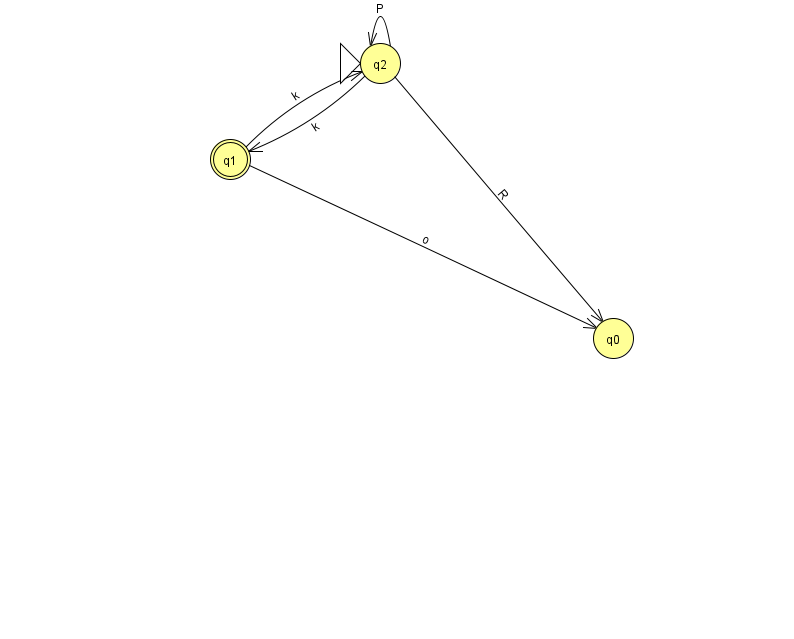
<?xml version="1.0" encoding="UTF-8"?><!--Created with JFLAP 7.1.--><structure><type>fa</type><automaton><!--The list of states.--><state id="0" name="q0"><x>613.0</x><y>325.0</y></state><state id="1" name="q1"><x>230.0</x><y>146.0</y><final/></state><state id="2" name="q2"><x>380.0</x><y>50.0</y><initial/></state><!--The list of transitions.--><transition><from>2</from><to>2</to><read>P</read></transition><transition><from>2</from><to>0</to><read>R</read></transition><transition><from>1</from><to>2</to><read>k</read></transition><transition><from>2</from><to>1</to><read>k</read></transition><transition><from>1</from><to>0</to><read>o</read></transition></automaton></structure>